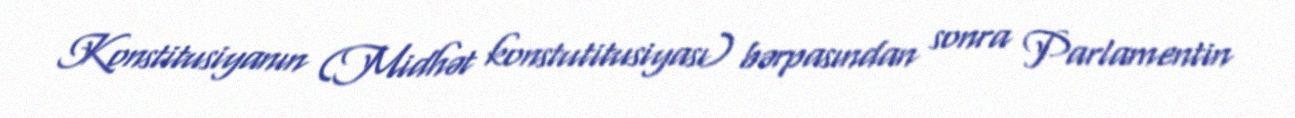
Konstitusiyanın (Midhət konstutitusiyası) bərpasından sonra Parlamentin